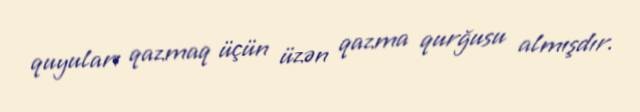
quyuları qazmaq üçün üzən qazma qurğusu almışdır.